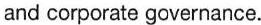
and corporate governance.